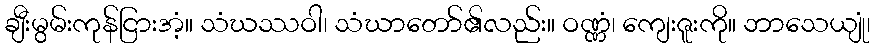
ချီးမွမ်းကုန်ငြားအံ့။ သံဃဿဝါ၊ သံဃာတော်၏လည်း။ ဝဏ္ဏံ၊ ကျေးဇူးကို။ ဘာသေယျုံ၊